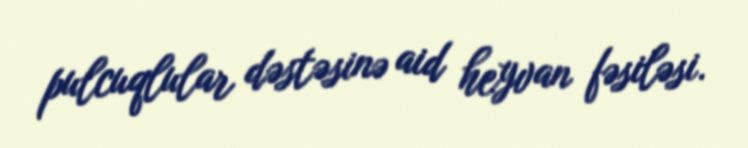
pulcuqlular dəstəsinə aid heyvan fəsiləsi.